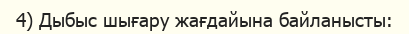
4) Дыбыс шығару жағдайына байланысты: